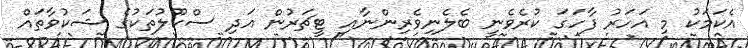
އެކަމަކު މި އަހަރު ފާހަގަ ކުރެވެނީ ބެލެނިވެރިންނާއި ޓީޗަރުން އަދި ސްކޫލުތަކުގެ ޝަކުވާތައް